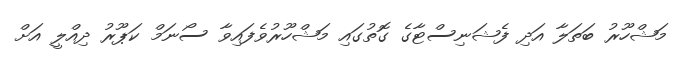
މަޝްހޫރު ބަތަލާ އަދި ފެޝަނިސްޓާގެ ގޮތުގައި މަޝްހޫރުވެފައިވާ ސޯނަމް ކަޕޫރު ދިއްލީ އަށް